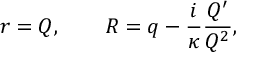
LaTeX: r = Q , \qquad R = q - \frac { i } { \kappa } \frac { Q ^ { \prime } } { Q ^ { 2 } } ,